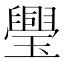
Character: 璺